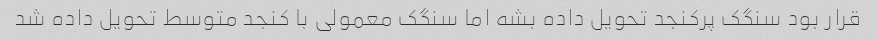
قرار بود سنگک پرکنجد تحویل داده بشه اما سنگک معمولی با کنجد متوسط تحویل داده شد